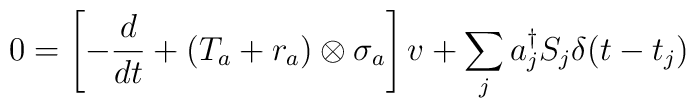
0= \left[ -{d\over dt} + ({ T_a} + {r_a})\otimes { \sigma_a} \right]v   + \sum_j a_j^\dagger S_j \delta(t-t_j)